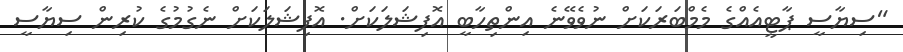
"ސިޔާސީ ޕާޓީއެއްގެ މެމްބަރަކަށް ނުވެވޭނެ އިންތިހާބީ އޮފިޝަލަކަށް. އޮފިޝަލަކަށް ނެގުމުގެ ކުރިން ސިޔާސީ